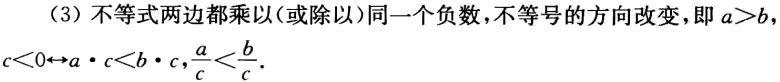
（3）不等式两边都乘以(或除以)同一个负数，不等号的方向改变，即 \(a > b\)，\(c < 0\Leftrightarrow a\cdot c < b\cdot c\)，\(\frac{a}{c}<\frac{b}{c}\)。